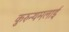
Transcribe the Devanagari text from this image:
कुरुन्थमलाई